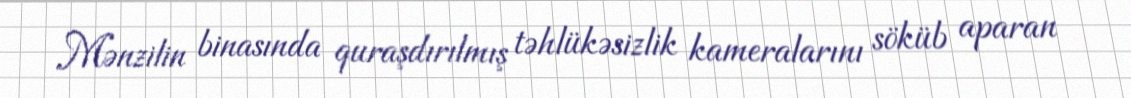
Mənzilin binasında quraşdırılmış təhlükəsizlik kameralarını söküb aparan